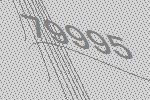
79995